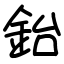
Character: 鈶